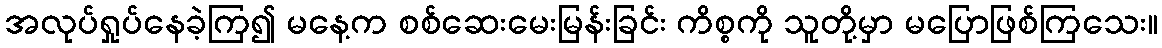
အလုပ်ရှုပ်နေခဲ့ကြ၍ မနေ့က စစ်ဆေးမေးမြန်းခြင်း ကိစ္စကို သူတို့မှာ မပြောဖြစ်ကြသေး။